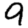
Digit: 9